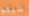
شيكو